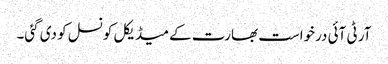
آر ٹی آئی درخواست بھارت کے میڈیکل کونسل کو دی گئی۔